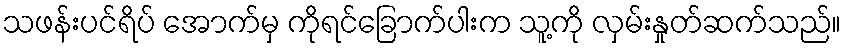
သဖန်းပင်ရိပ် အောက်မှ ကိုရင်ခြောက်ပါးက သူ့ကို လှမ်းနှုတ်ဆက်သည်။